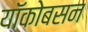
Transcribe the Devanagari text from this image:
यॉकोबसन